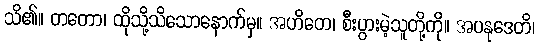
သိ၏။ တတော၊ ထိုသို့သိသောနောက်မှ။ အဟိတေ၊ စီးပွားမဲ့သူတို့ကို။ အပနုဒေတိ၊